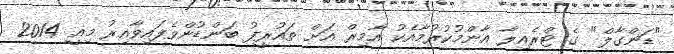
"ޑަންގާލް" ގެ ޓްރެއިލާ އާންމުކުރުމާއެކު އާމިރް އަށް ތައުރީފު ބަންޑުންވެފައިވާއިރު މިއީ 2014